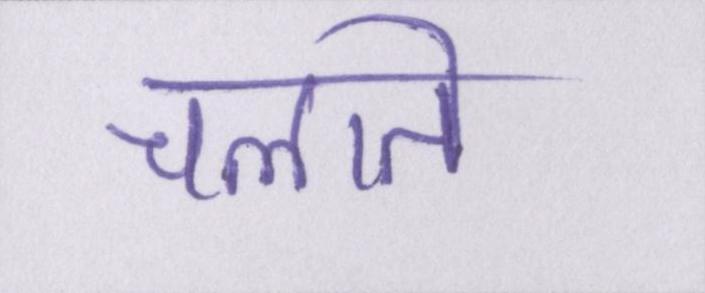
चलाते